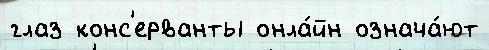
глаз конс'ерванты онла́йн означа́ют